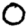
Digit: 0